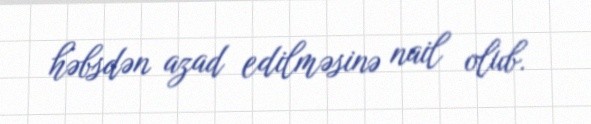
həbsdən azad edilməsinə nail olub.